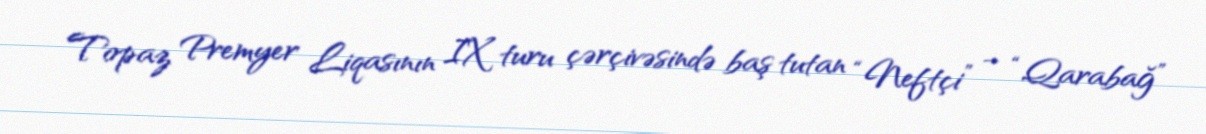
Topaz Premyer Liqasının IX turu çərçivəsində baş tutan “Neftçi” – “Qarabağ”